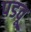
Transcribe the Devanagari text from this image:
पडवू